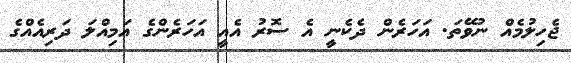
ޖެހިލުމެއް ނުވޭތަ. އަހަރެން ދެކެނީ އެ ސޮރު އެއީ އަހަރެންގެ އަމިއްލަ ދަރިއެއްގެ